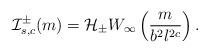
LaTeX: \begin{align*}\mathcal{I}_{s,c}^{\pm}(m) = \mathcal{H}_{\pm}W_{\infty}\left(\frac{m}{b^2l^{2c}}\right).\end{align*}